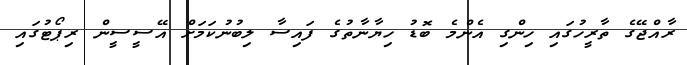
ރާއްޖޭގެ ތާރީހުގައި ހިންގި އެންމެ ބޮޑު ހިޔާނާތުގެ ފައިސާ ލިބުނުކަމަށް އޭސީސީން ރިޕޯޓުގައި